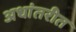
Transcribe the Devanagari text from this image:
अधांतरीत